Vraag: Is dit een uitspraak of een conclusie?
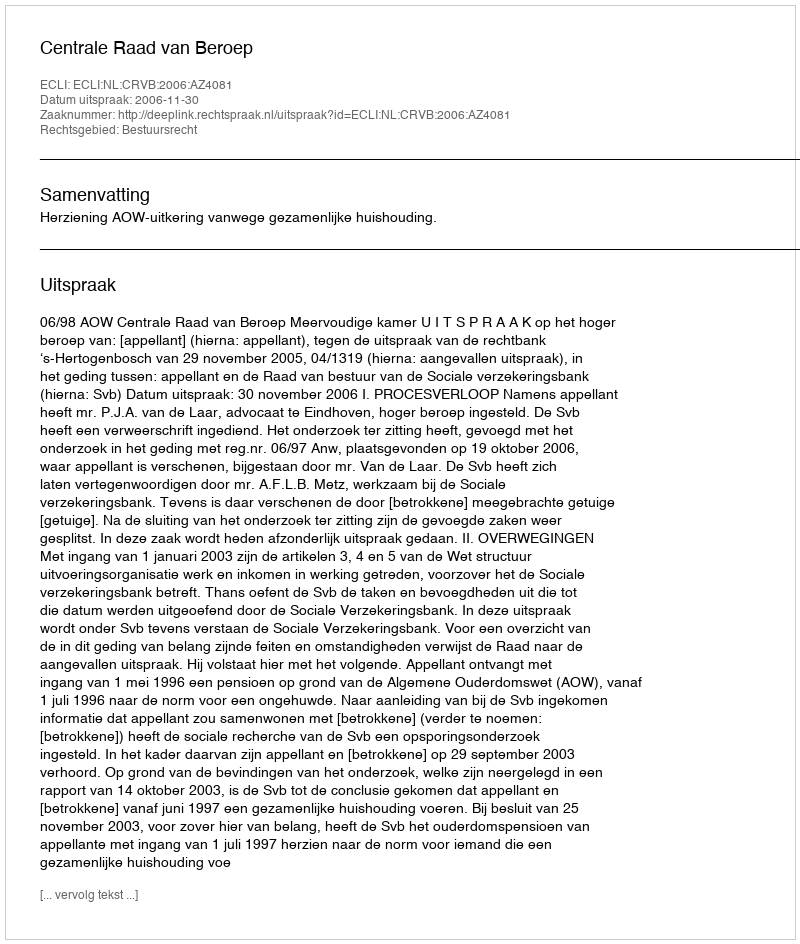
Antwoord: Uitspraak